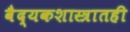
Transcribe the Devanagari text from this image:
वैद्यकशास्त्रातही